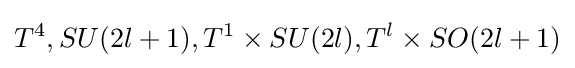
T^{4},SU(2l+1),T^{1}\times SU(2l),T^{l}\times SO(2l+1)